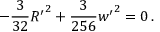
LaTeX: - \frac { 3 } { 3 2 } { R ^ { \prime } } ^ { 2 } + \frac { 3 } { 2 5 6 } { w ^ { \prime } } ^ { 2 } = 0 \, .